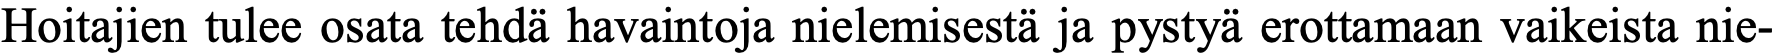
Hoitajien tulee osata tehdä havaintoja nielemisestä ja pystyä erottamaan vaikeista nie-